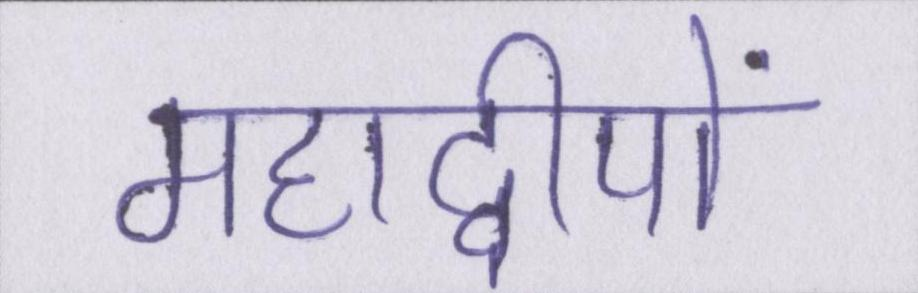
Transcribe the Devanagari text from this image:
महाद्वीपों